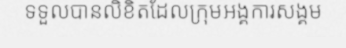
ទទួលបានលិខិតដែលក្រុមអង្គការសង្គម